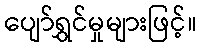
ပျော်ရွှင်မှုများဖြင့်။